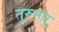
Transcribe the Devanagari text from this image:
तुरुमतु